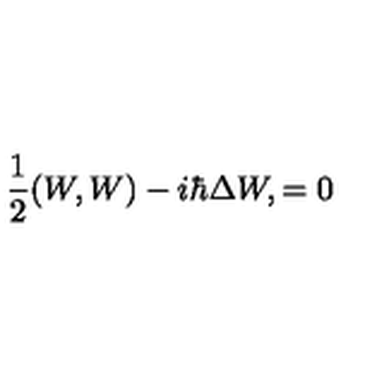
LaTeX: { \frac { 1 } { 2 } } ( W , W ) - i \hbar \Delta W , = 0